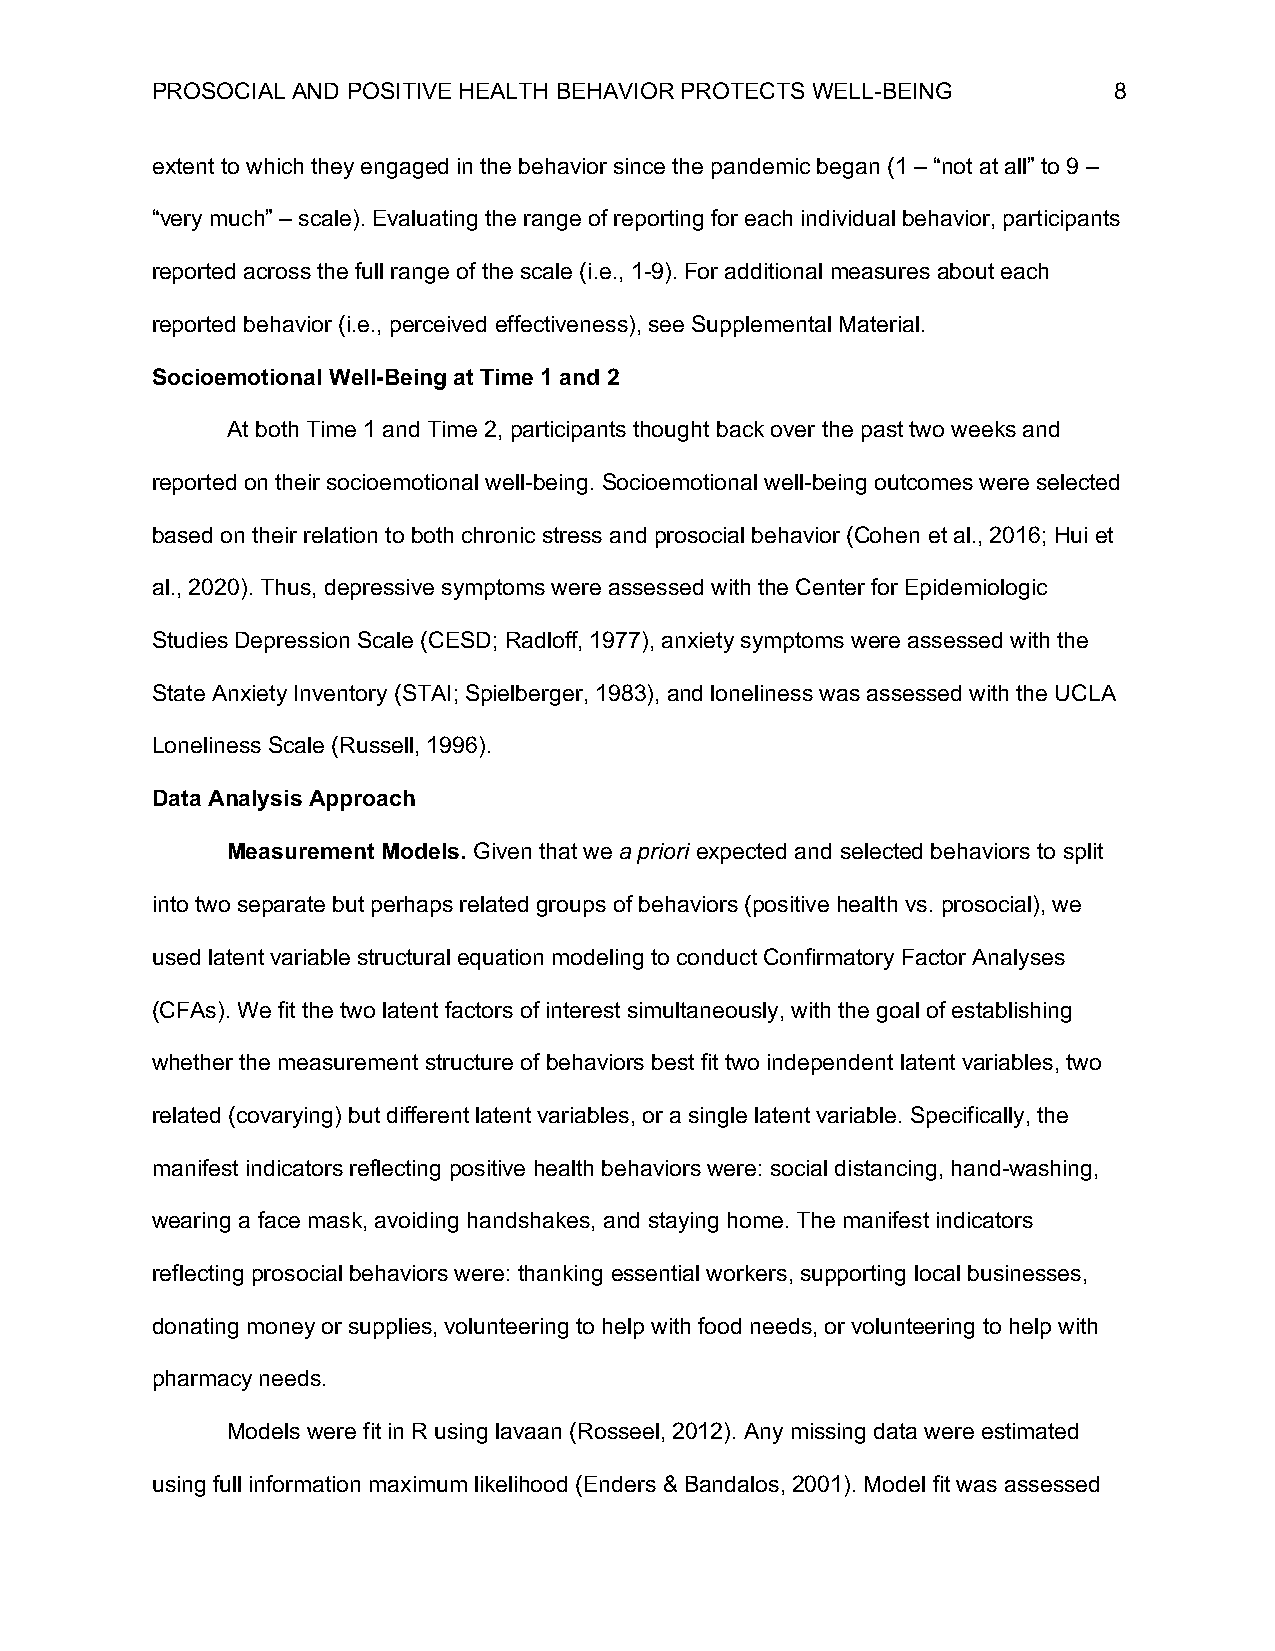
PROSOCIAL AND POSITIVE HEALTH BEHAVIOR PROTECTS WELL-BEING      8
 extent to which they engaged in the behavior since the pandemic began (1 – “not at all” to 9 –
 “very much” – scale). Evaluating the range of reporting for each individual behavior, participants
 reported across the full range of the scale (i.e., 1-9). For additional measures about each
 reported behavior (i.e., perceived effectiveness), see Supplemental Material.
 Socioemotional Well-Being at Time 1 and 2
 At both Time 1 and Time 2, participants thought back over the past two weeks and
 reported on their socioemotional well-being. Socioemotional well-being outcomes were selected
 based on their relation to both chronic stress and prosocial behavior (Cohen et al., 2016; Hui et
 al., 2020). Thus, depressive symptoms were assessed with the Center for Epidemiologic
 Studies Depression Scale (CESD; Radloff, 1977), anxiety symptoms were assessed with the
 State Anxiety Inventory (STAI; Spielberger, 1983), and loneliness was assessed with the UCLA
 Loneliness Scale (Russell, 1996).
 Data Analysis Approach
 Measurement Models. Given that we a priori expected and selected behaviors to split
 into two separate but perhaps related groups of behaviors (positive health vs. prosocial), we
 used latent variable structural equation modeling to conduct Confirmatory Factor Analyses
 (CFAs). We fit the two latent factors of interest simultaneously, with the goal of establishing
 whether the measurement structure of behaviors best fit two independent latent variables, two
 related (covarying) but different latent variables, or a single latent variable. Specifically, the
 manifest indicators reflecting positive health behaviors were: social distancing, hand-washing,
 wearing a face mask, avoiding handshakes, and staying home. The manifest indicators
 reflecting prosocial behaviors were: thanking essential workers, supporting local businesses,
 donating money or supplies, volunteering to help with food needs, or volunteering to help with
 pharmacy needs.
 Models were fit in R using lavaan (Rosseel, 2012). Any missing data were estimated
 using full information maximum likelihood (Enders & Bandalos, 2001). Model fit was assessed